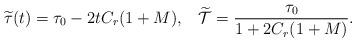
LaTeX: \begin{align*} \widetilde{\tau}(t) = \tau_0 - 2tC_r(1+M), \;\;\; \widetilde{\mathcal{T}} = \frac{\tau_0}{1+2C_r(1+M)}.\end{align*}